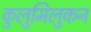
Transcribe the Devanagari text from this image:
कुलुमिलुकन